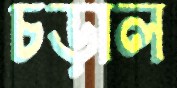
চড়াল